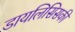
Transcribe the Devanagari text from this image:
डायलिसिसकी